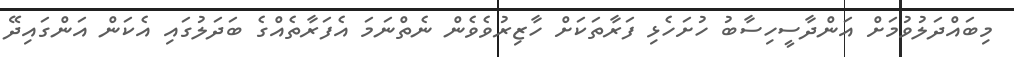
މިބައްދަލުވުމަށް އަންދާސީހިސާބު ހުށަހެޅި ފަރާތަކަށް ހާޒިރުވެވެން ނެތްނަމަ އެފަރާތެއްގެ ބަދަލުގައި އެކަން އަންގައިދޭ